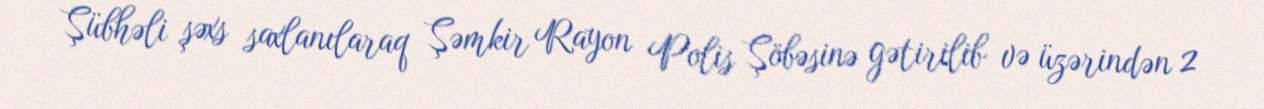
Şübhəli şəxs saxlanılaraq Şəmkir Rayon Polis Şöbəsinə gətirilib və üzərindən 2